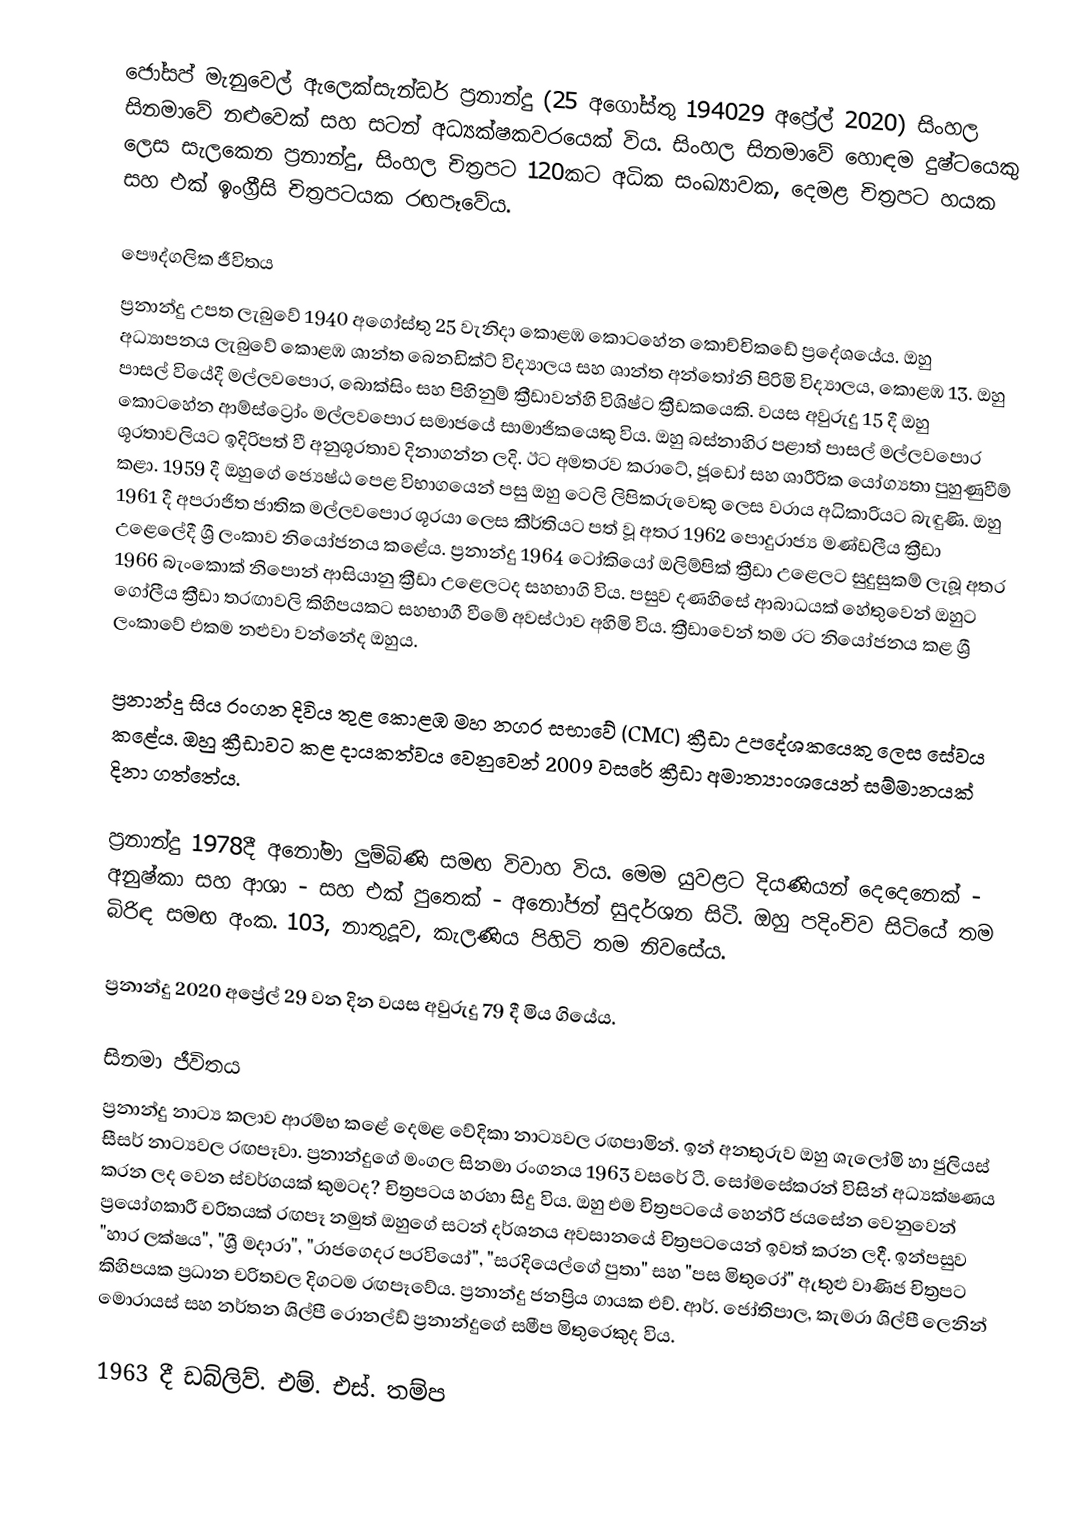
ජෝසප් මැනුවෙල් ඇලෙක්සැන්ඩර් ප්‍රනාන්දු (25 අගෝස්තු 194029 අප්‍රේල් 2020) සිංහල සිනමාවේ නළුවෙක් සහ සටන් අධ්‍යක්ෂකවරයෙක් විය. සිංහල සිනමාවේ හොඳම දුෂ්ටයෙකු ලෙස සැලකෙන ප්‍රනාන්දු, සිංහල චිත්‍රපට 120කට අධික සංඛ්‍යාවක, දෙමළ චිත්‍රපට හයක සහ එක් ඉංග්‍රීසි චිත්‍රපටයක රඟපෑවේය.

පෞද්ගලික ජීවිතය
ප්‍රනාන්දු උපත ලැබුවේ 1940 අගෝස්තු 25 වැනිදා කොළඹ කොටහේන කොච්චිකඩේ ප්‍රදේශයේය. ඔහු අධ්‍යාපනය ලැබුවේ කොළඹ ශාන්ත බෙනඩික්ට් විද්‍යාලය සහ ශාන්ත අන්තෝනි පිරිමි විද්‍යාලය, කොළඹ 13. ඔහු පාසල් වියේදී මල්ලවපොර, බොක්සිං සහ පිහිනුම් ක්‍රීඩාවන්හි විශිෂ්ට ක්‍රීඩකයෙකි. වයස අවුරුදු 15 දී ඔහු කොටහේන ආම්ස්ට්‍රෝං මල්ලවපොර සමාජයේ සාමාජිකයෙකු විය. ඔහු බස්නාහිර පළාත් පාසල් මල්ලවපොර ශූරතාවලියට ඉදිරිපත් වී අනුශූරතාව දිනාගන්න ලදි. ඊට අමතරව කරාටේ, ජූඩෝ සහ ශාරීරික යෝග්‍යතා පුහුණුවීම් කළා. 1959 දී ඔහුගේ ජ්‍යෙෂ්ඨ පෙළ විභාගයෙන් පසු ඔහු ටෙලි ලිපිකරුවෙකු ලෙස වරාය අධිකාරියට බැඳුණි. ඔහු 1961 දී අපරාජිත ජාතික මල්ලවපොර ශූරයා ලෙස කීර්තියට පත් වූ අතර 1962 පොදුරාජ්‍ය මණ්ඩලීය ක්‍රීඩා උළෙලේදී ශ්‍රී ලංකාව නියෝජනය කළේය. ප්‍රනාන්දු 1964 ටෝකියෝ ඔලිම්පික් ක්‍රීඩා උළෙලට සුදුසුකම් ලැබූ අතර 1966 බැංකොක් නිපොන් ආසියානු ක්‍රීඩා උළෙලටද සහභාගි විය. පසුව දණහිසේ ආබාධයක් හේතුවෙන් ඔහුට ගෝලීය ක්‍රීඩා තරඟාවලි කිහිපයකට සහභාගී වීමේ අවස්ථාව අහිමි විය. ක්‍රීඩාවෙන් තම රට නියෝජනය කළ ශ්‍රී ලංකාවේ එකම නළුවා වන්නේද ඔහුය.

ප්‍රනාන්දු සිය රංගන දිවිය තුළ කොළඹ මහ නගර සභාවේ (CMC) ක්‍රීඩා උපදේශකයෙකු ලෙස සේවය කළේය. ඔහු ක්‍රීඩාවට කළ දායකත්වය වෙනුවෙන් 2009 වසරේ ක්‍රීඩා අමාත්‍යාංශයෙන් සම්මානයක් දිනා ගත්තේය.

ප්‍රනාන්දු 1978දී අනෝමා ලුම්බිණි සමඟ විවාහ විය. මෙම යුවළට දියණියන් දෙදෙනෙක් - අනුෂ්කා සහ ආශා - සහ එක් පුතෙක් - අනෝජන් සුදර්ශන සිටී. ඔහු පදිංචිව සිටියේ තම බිරිඳ සමඟ අංක. 103, නාතුදූව, කැලණිය පිහිටි තම නිවසේය.

ප්‍රනාන්දු 2020 අප්‍රේල් 29 වන දින වයස අවුරුදු 79 දී මිය ගියේය.

සිනමා ජීවිතය
ප්‍රනාන්දු නාට්‍ය කලාව ආරම්භ කළේ දෙමළ වේදිකා නාට්‍යවල රඟපාමින්. ඉන් අනතුරුව ඔහු ශැලෝමි හා ජුලියස් සීසර් නාට්‍යවල රඟපෑවා. ප්‍රනාන්දුගේ මංගල සිනමා රංගනය 1963 වසරේ ටී. සෝමසේකරන් විසින් අධ්‍යක්ෂණය කරන ලද වෙන ස්වර්ගයක් කුමටද? චිත්‍රපටය හරහා සිදු විය. ඔහු එම චිත්‍රපටයේ හෙන්රි ජයසේන වෙනුවෙන් ප්‍රයෝගකාරී චරිතයක් රඟපෑ නමුත් ඔහුගේ සටන් දර්ශනය අවසානයේ චිත්‍රපටයෙන් ඉවත් කරන ලදී. ඉන්පසුව "හාර ලක්ෂය", "ශ්‍රී මදාරා", "රාජගෙදර පරවියෝ", "සරදියෙල්ගේ පුතා" සහ "පස මිතුරෝ" ඇතුළු වාණිජ චිත්‍රපට කිහිපයක ප්‍රධාන චරිතවල දිගටම රඟපෑවේය. ප්‍රනාන්දු ජනප්‍රිය ගායක එච්. ආර්. ජෝතිපාල, කැමරා ශිල්පී ලෙනින් මොරායස් සහ නර්තන ශිල්පී රොනල්ඩ් ප්‍රනාන්දුගේ සමීප මිතුරෙකුද විය.

1963 දී ඩබ්ලිව්. එම්. එස්. තම්ප